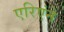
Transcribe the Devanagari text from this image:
एरिएंने